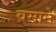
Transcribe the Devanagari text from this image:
वमाने